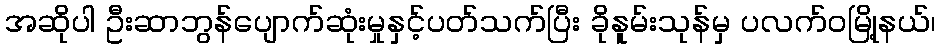
အဆိုပါ ဦးဆာဘွန်ပျောက်ဆုံးမှုနှင့်ပတ်သက်ပြီး ခိုနူမ်းသုန်မှ ပလက်ဝမြို့နယ်၊